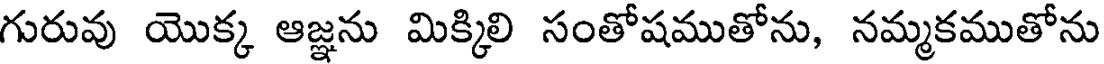
గురువు యొక్క ఆజ్ఞను మిక్కిలి సంతోషముతోను, నమ్మకముతోను